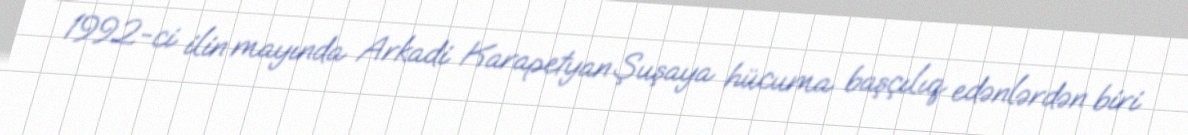
1992-ci ilin mayında Arkadi Karapetyan Şuşaya hücuma başçılıq edənlərdən biri